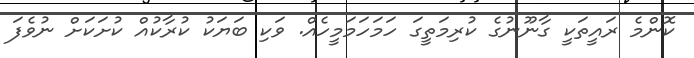
ކޮންމެ ރައީތަކީ ގާނޫނުގެ ކުރިމަތީގަ ހަމަހަމަމީހެއް. ވަކި ބަޔަކު ކުރާކުއް ކުށަކަށް ނުވެފަ